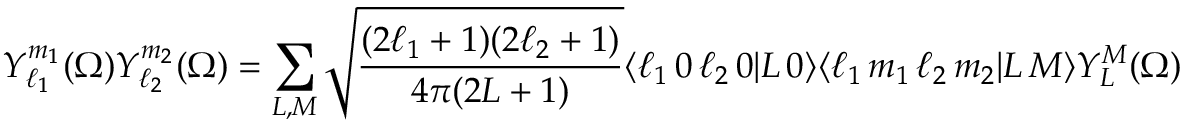
Y _ { \ell _ { 1 } } ^ { m _ { 1 } } ( \Omega ) Y _ { \ell _ { 2 } } ^ { m _ { 2 } } ( \Omega ) = \sum _ { L , M } { \sqrt { \frac { ( 2 \ell _ { 1 } + 1 ) ( 2 \ell _ { 2 } + 1 ) } { 4 \pi ( 2 L + 1 ) } } } \langle \ell _ { 1 } \, 0 \, \ell _ { 2 } \, 0 | L \, 0 \rangle \langle \ell _ { 1 } \, m _ { 1 } \, \ell _ { 2 } \, m _ { 2 } | L \, M \rangle Y _ { L } ^ { M } ( \Omega )